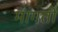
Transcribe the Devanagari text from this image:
मागती